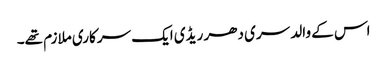
اس کے والد سری دھر ریڈی ایک سرکاری ملازم تھے۔